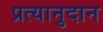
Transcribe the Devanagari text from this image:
प्रत्यानुदान